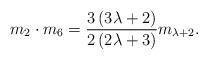
LaTeX: \begin{align*} m_{2}\cdot m_{6}=\frac{3\left( 3\lambda +2\right) }{2\left( 2\lambda +3\right) }m_{\lambda +2}. \end{align*}